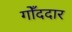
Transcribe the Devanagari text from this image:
गोँददार